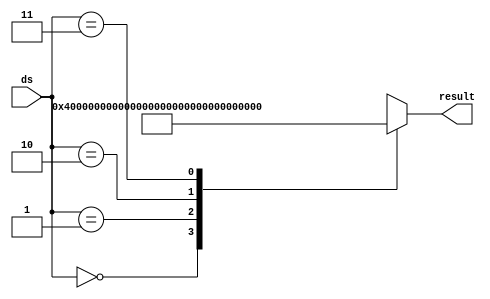
// Automatically generated Verilog-2001
module Machine_sh(ds,result);
  input [1:0] ds;
  output signed [63:0] result;
  reg signed [63:0] result_reg;
  always @(*) begin
    case(ds)
      2'b00 : result_reg = 64'sd0;
      2'b01 : result_reg = 64'sd4;
      2'b10 : result_reg = 64'sd8;
      2'b11 : result_reg = 64'sd12;
      default : result_reg = {64 {1'bx}};
    endcase
  end
  assign result = result_reg;
endmodule